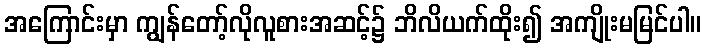
အကြောင်းမှာ ကျွန်တော့်လိုလူစားအဆင့်၌ ဘိလိယက်ထိုး၍ အကျိုးမမြင်ပါ။